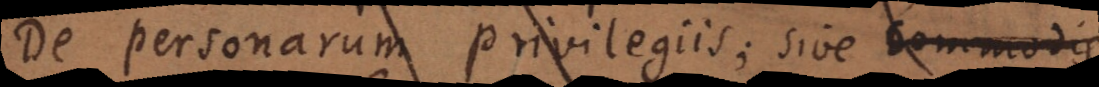
De personarum privilegiis, sive commodis